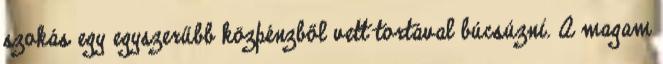
szokás egy egyszerűbb közpénzből vett tortával búcsúzni. A magam